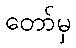
တော်မှ